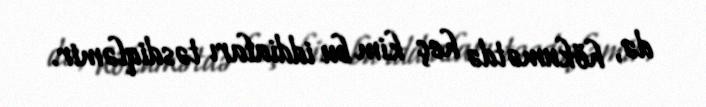
də, hökumətdə heç kim bu iddiaları təsdiqləmir.